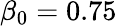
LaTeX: \beta_{0}=0.75